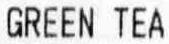
GREEN TEA